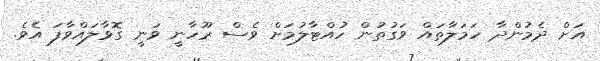
އަށް ދެމުންދާ ހަމަލާތައް ވަގުތުން ހުއްޓާލުމަށް ވެސް ރޫހާނީ ވަނީ ގޮވާލައްވާފަ އެވެ.